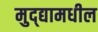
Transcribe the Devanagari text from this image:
मुद्द्यामधील